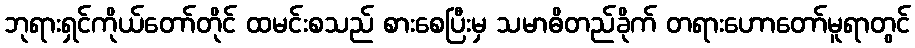
ဘုရားရှင်ကိုယ်တော်တိုင် ထမင်းစသည် စားစေပြီးမှ သမာဓိတည်ခိုက် တရားဟောတော်မူရာတွင်